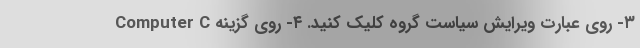
۳- روی عبارت ویرایش سیاست گروه کلیک کنید. ۴- روی گزینه Computer C